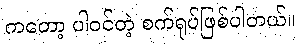
ကတော့ ပါဝင်တဲ့ စက်ရုပ်ဖြစ်ပါတယ်။